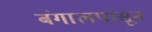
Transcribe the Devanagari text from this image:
बंगालपासून